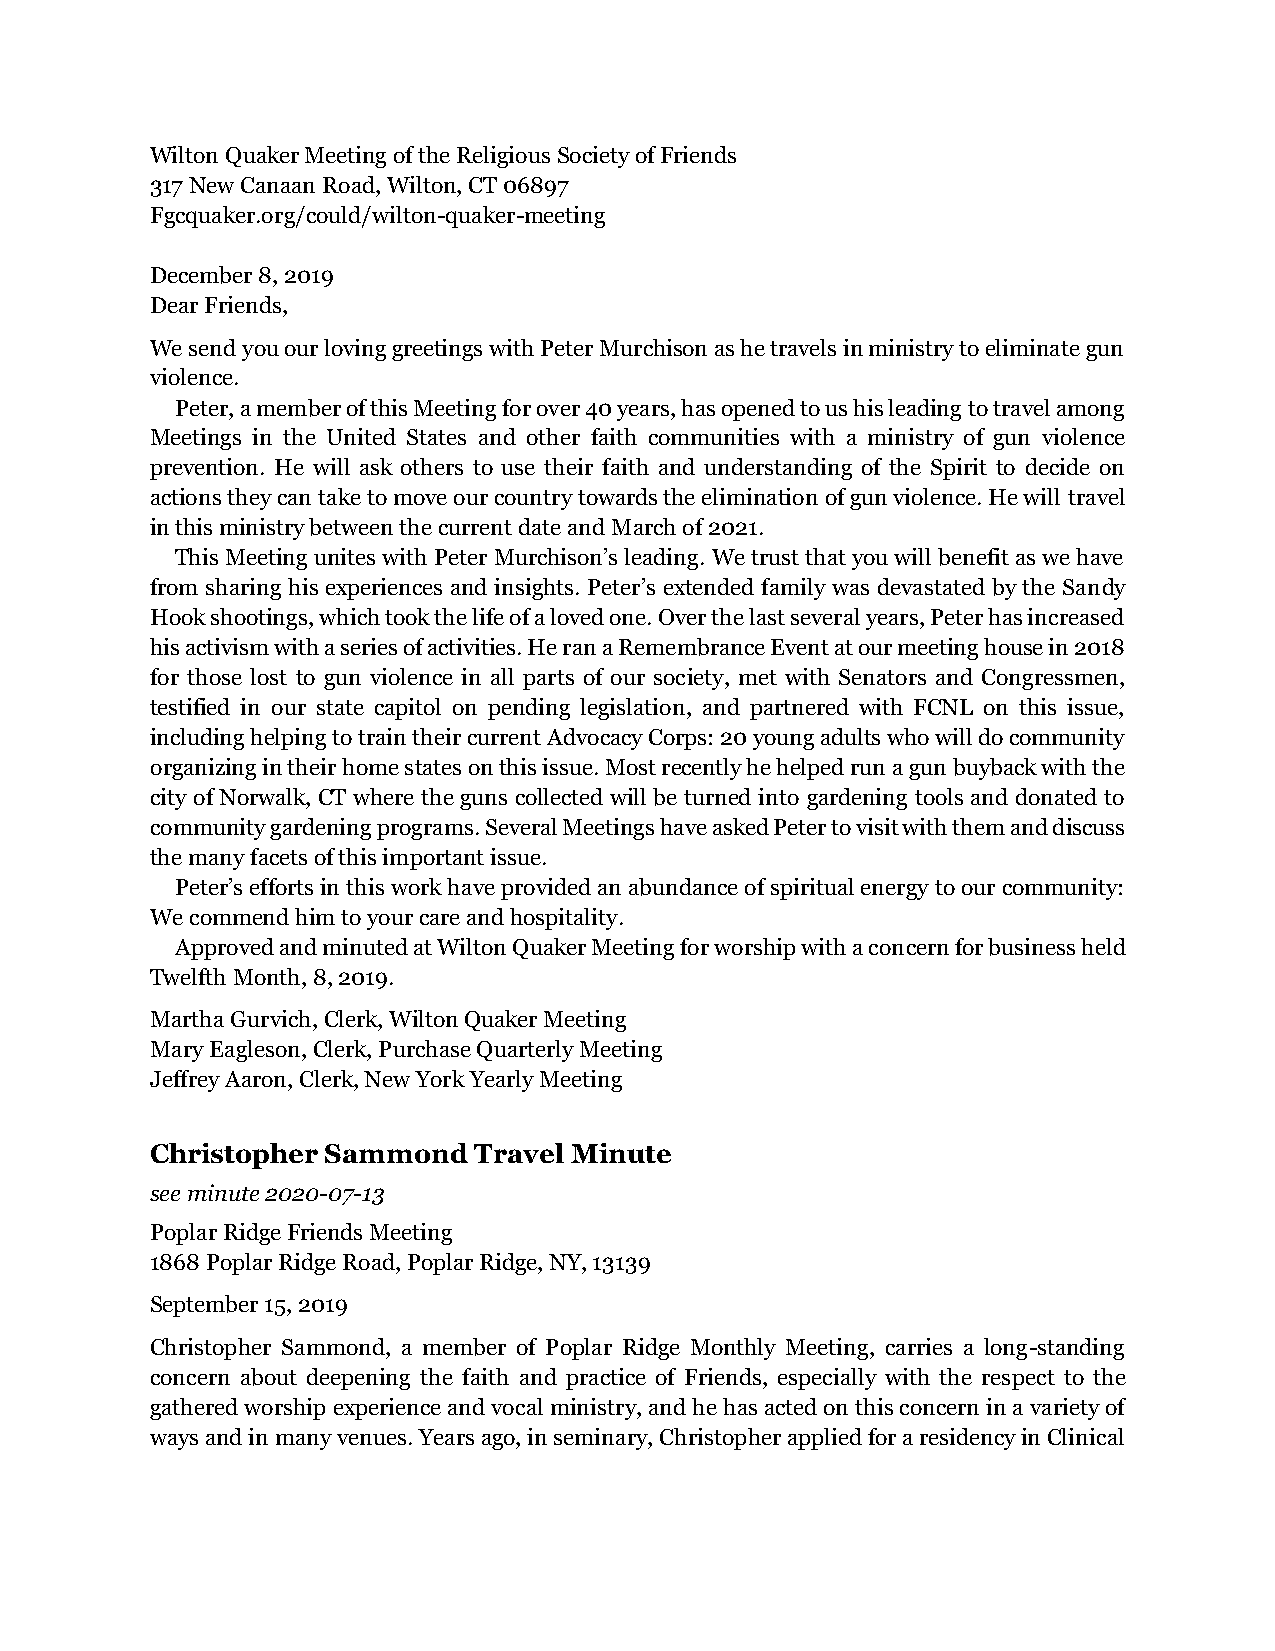
Wilton Quaker Meeting of the Religious Society of Friends
 317 New Canaan Road, Wilton, CT 06897
 Fgcquaker.org/could/wilton-quaker-meeting
 December 8, 2019
 Dear Friends,
 We send you our loving greetings with Peter Murchison as he travels in ministry to eliminate gun
 violence.
 Peter, a member of this Meeting for over 40 years, has opened to us his leading to travel among
 Meetings in the United States and other faith communities with a ministry of gun violence
 prevention. He will ask others to use their faith and understanding of the Spirit to decide on
 actions they can take to move our country towards the elimination of gun violence. He will travel
 in this ministry between the current date and March of 2021.
 This Meeting unites with Peter Murchison’s leading. We trust that you will benefit as we have
 from sharing his experiences and insights. Peter’s extended family was devastated by the Sandy
 Hook shootings, which took the life of a loved one. Over the last several years, Peter has increased
 his activism with a series of activities. He ran a Remembrance Event at our meeting house in 2018
 for those lost to gun violence in all parts of our society, met with Senators and Congressmen,
 testified in our state capitol on pending legislation, and partnered with FCNL on this issue,
 including helping to train their current Advocacy Corps: 20 young adults who will do community
 organizing in their home states on this issue. Most recently he helped run a gun buyback with the
 city of Norwalk, CT where the guns collected will be turned into gardening tools and donated to
 community gardening programs. Several Meetings have asked Peter to visit with them and discuss
 the many facets of this important issue.
 Peter’s efforts in this work have provided an abundance of spiritual energy to our community:
 We commend him to your care and hospitality.
 Approved and minuted at Wilton Quaker Meeting for worship with a concern for business held
 Twelfth Month, 8, 2019.
 Martha Gurvich, Clerk, Wilton Quaker Meeting
 Mary Eagleson, Clerk, Purchase Quarterly Meeting
 Jeffrey Aaron, Clerk, New York Yearly Meeting
 Christopher Sammond  Travel Minute
 see minute 2020-07-13
 Poplar Ridge Friends Meeting
 1868 Poplar Ridge Road, Poplar Ridge, NY, 13139
 September 15, 2019
 Christopher Sammond, a member of Poplar Ridge Monthly Meeting, carries a long-standing
 concern about deepening the faith and practice of Friends, especially with the respect to the
 gathered worship experience and vocal ministry, and he has acted on this concern in a variety of
 ways and in many venues. Years ago, in seminary, Christopher applied for a residency in Clinical